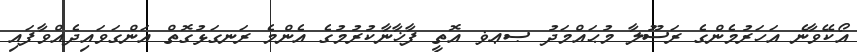
އޯކޭވާނެ އަހަރުމެންގެ ރަސޫލާ މުޙައްމަދު ޞޢޥ އޮތީ ފާޚާނާކުރުމުގެ އެންމެ ރަނގަޅުގޮތް އަންގަވައިދެއްވާފައި